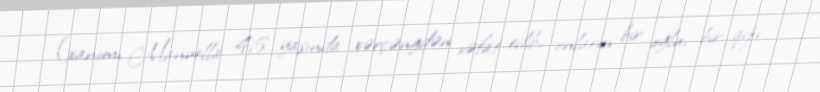
(xanımı Manuella 45 yaşında xərçəngdən vəfat edib, onların bir oğlu, bir qızı